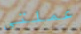
عملتي